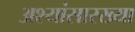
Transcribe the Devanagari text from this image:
अश्यांसारख्या